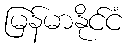
မြန်မာနိုင်ငံ